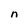
Character: n